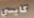
كايسي